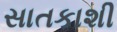
સાતકાશી